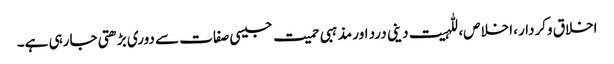
اخلاق وکردار، اخلاص، للہیت دینی درد اور مذہبی حمیت جیسی صفات سے دوری بڑھتی جارہی ہے۔